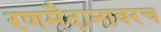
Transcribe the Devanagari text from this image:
रणमैदानावरच